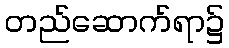
တည်ဆောက်ရာ၌